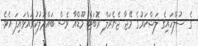
ގެ ސުލްހައިގެ ލަޝްކަރުގެ މޭޖާ ޖެނެރަލް ރޮބަޓް މޫޑްއާ ވެސް ބައްދަލުކުރައްވައިފަ އެވެ.